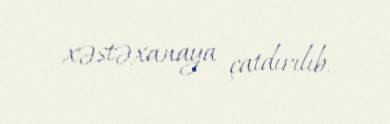
xəstəxanaya çatdırılıb.